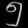
Digit: ၅